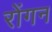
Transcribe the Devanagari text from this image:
रोंगन